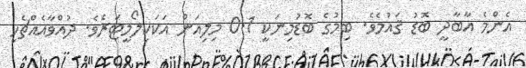
އެންމެ އާބާދީ ބޮޑު ޤައުމެވެ. ބިމުގެ ބޮޑުމިނަކީ 0.1 މިލިއަން އަކަކިލޯމީޓަރެވެ. ދުއްވާއެއްޗެހި